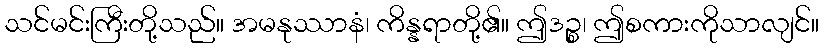
သင်မင်းကြီးတို့သည်။ အမနုဿာနံ၊ ကိန္နရာတို့၏။ ဤဒဉ္စ၊ ဤစကားကိုသာလျင်။